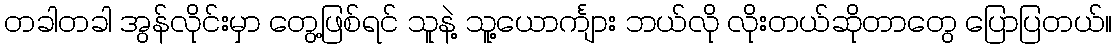
တခါတခါ အွန်လိုင်းမှာ တွေ့ဖြစ်ရင် သူနဲ့ သူ့ယောင်္ကျား ဘယ်လို လိုးတယ်ဆိုတာတွေ ပြောပြတယ်။